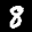
Label: 8